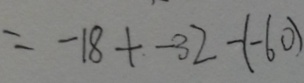
= - 1 8 + - 3 2 - ( - 6 0 )